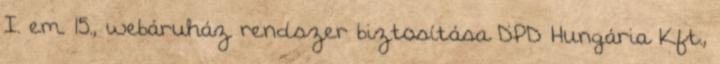
I. em. 15., webáruház rendszer biztosítása DPD Hungária Kft.,